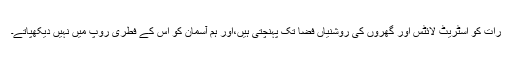
رات کو اسٹریٹ لائٹس اور گھروں کی روشنیاں فضا تک پہنچتی ہیں،اور ہم آسمان کو اس کے فطری روپ میں نہیں دیکھپاتے۔